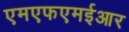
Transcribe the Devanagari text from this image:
एमएफएमईआर